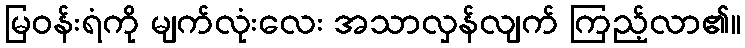
မြဝန်းရံကို မျက်လုံးလေး အသာလှန်လျက် ကြည့်လာ၏။